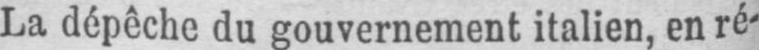
La dépêche du gouvernement italien, en ré-